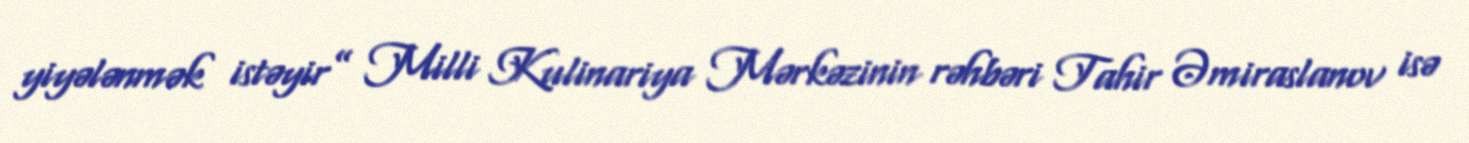
yiyələnmək istəyir” Milli Kulinariya Mərkəzinin rəhbəri Tahir Əmiraslanov isə